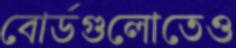
বোর্ডগুলোতেও